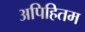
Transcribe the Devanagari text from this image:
अपिहितम